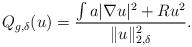
LaTeX: \begin{align*}Q_{g,\delta}(u) = \frac{\int a|\nabla u|^2 + R u^2}{\|u\|_{2,\delta}^2}.\end{align*}